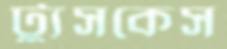
ট্যুসকেস